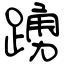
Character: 踴